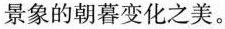
景象的朝暮变化之美。